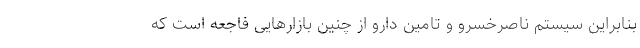
بنابراین سیستم ناصرخسرو و تامین دارو از چنین بازارهایی فاجعه است که